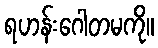
ရဟန်းဂေါတမကို။